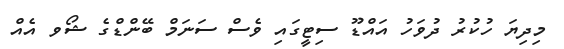
މިދިޔަ ހުކުރު ދުވަހު އައްޑޫ ސިޓީގައި ވެސް ސަނަމް ބޭންޑްގެ ޝޯވ އެއް